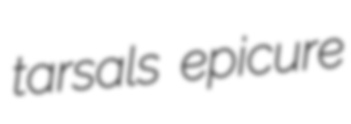
tarsals epicure